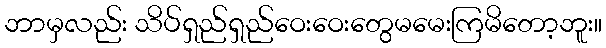
ဘာမှလည်း သိပ်ရှည်ရှည်ဝေးဝေးတွေမမေးကြမိတော့ဘူး။